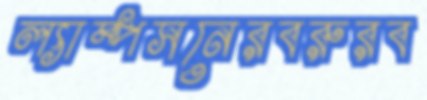
ল্যাম্পসনেরবরুরব